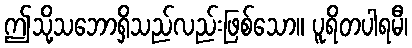
ဤသို့သဘောရှိသည်လည်းဖြစ်သော။ ပူရိတပါရမီ၊